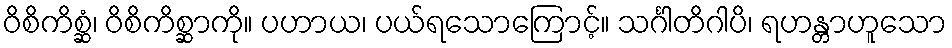
ဝိစိကိစ္ဆံ၊ ဝိစိကိစ္ဆာကို။ ပဟာယ၊ ပယ်ရသောကြောင့်။ သင်္ဂါတိဂါပိ၊ ရဟန္တာဟူသော